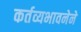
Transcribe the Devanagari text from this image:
कर्तव्यभावनेने